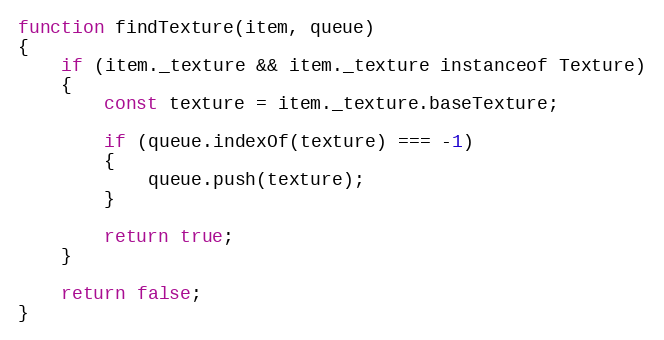
Language: JavaScript
function findTexture(item, queue)
{
    if (item._texture && item._texture instanceof Texture)
    {
        const texture = item._texture.baseTexture;

        if (queue.indexOf(texture) === -1)
        {
            queue.push(texture);
        }

        return true;
    }

    return false;
}